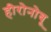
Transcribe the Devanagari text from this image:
हीरोनोबू